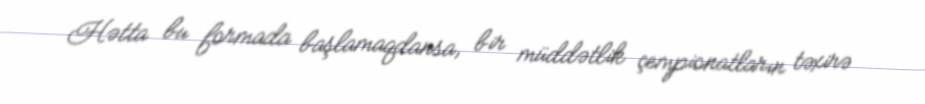
Hətta bu formada başlamaqdansa, bir müddətlik çempionatların təxirə